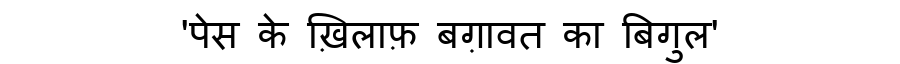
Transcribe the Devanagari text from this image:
'पेस के ख़िलाफ़ बग़ावत का बिगुल'